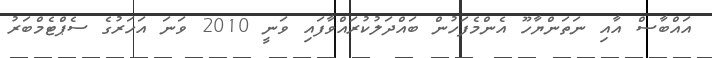
އައްބާސް އާއި ނަތަންޔާހޫ އެންމެފަހުން ބައްދަލުކުރައްވާފައި ވަނީ 2010 ވަނަ އަހަރުގެ ސެޕްޓެމްބަރު